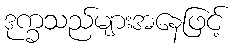
ဒုက္ခသည်များအနေဖြင့်